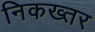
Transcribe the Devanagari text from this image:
निकख्तर